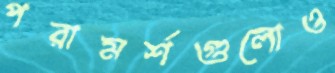
পরামর্শগুলোও